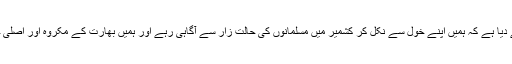
یہ لنک میں نے اس لئیے دیا ہے کہ ہمیں اپنے خول سے نکل کر کشمیر میں مسلمانوں کی حالت زار سے آگاہی رہے اور ہمیں بھارت کے مکروہ اور اصلی چہرے کی شناخت رہے۔